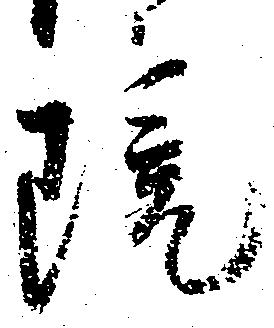
院